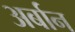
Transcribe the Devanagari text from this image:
अर्बान